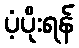
ပံ့ပိုးရန်